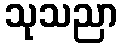
သုသညာ